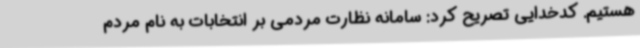
هستیم. کدخدایی تصریح کرد: سامانه نظارت مردمی بر انتخابات به نام مردم